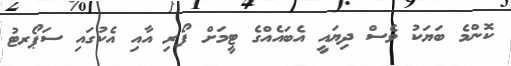
ކޮންމެ ބަޔަކު ވެސް ދިޔައީ އެބައެއްގެ ޓީމަށް ފޯރި އާއި އެކުގައި ސަޕޯރޓު